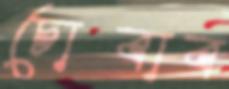
চোবাব